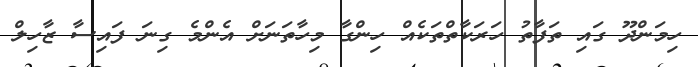
ހިމަންދޫ ގައި ތަފާތު ހަރަކާތްތަކެއް ހިންގާ މިހާތަނަށް އެންމެ ގިނަ ފައިސާ ޒާހިލް